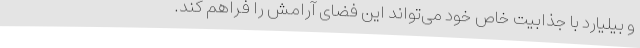
و بیلیارد با جذابیت خاص خود می‌تواند این فضای آرامش را فراهم کند.